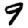
Digit: 9